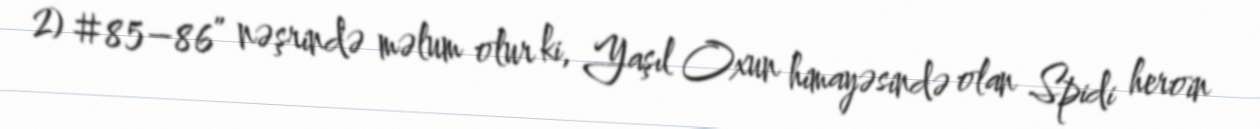
2) #85–86” nəşrində məlum olur ki, Yaşıl Oxun himayəsində olan Spidi heroin